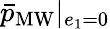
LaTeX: \bar{p}_{\mathrm{MW}}|_{e_{1}=0}